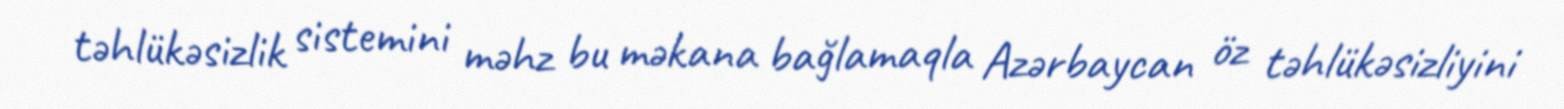
təhlükəsizlik sistemini məhz bu məkana bağlamaqla Azərbaycan öz təhlükəsizliyini